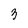
Character: 3